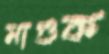
মাগুক